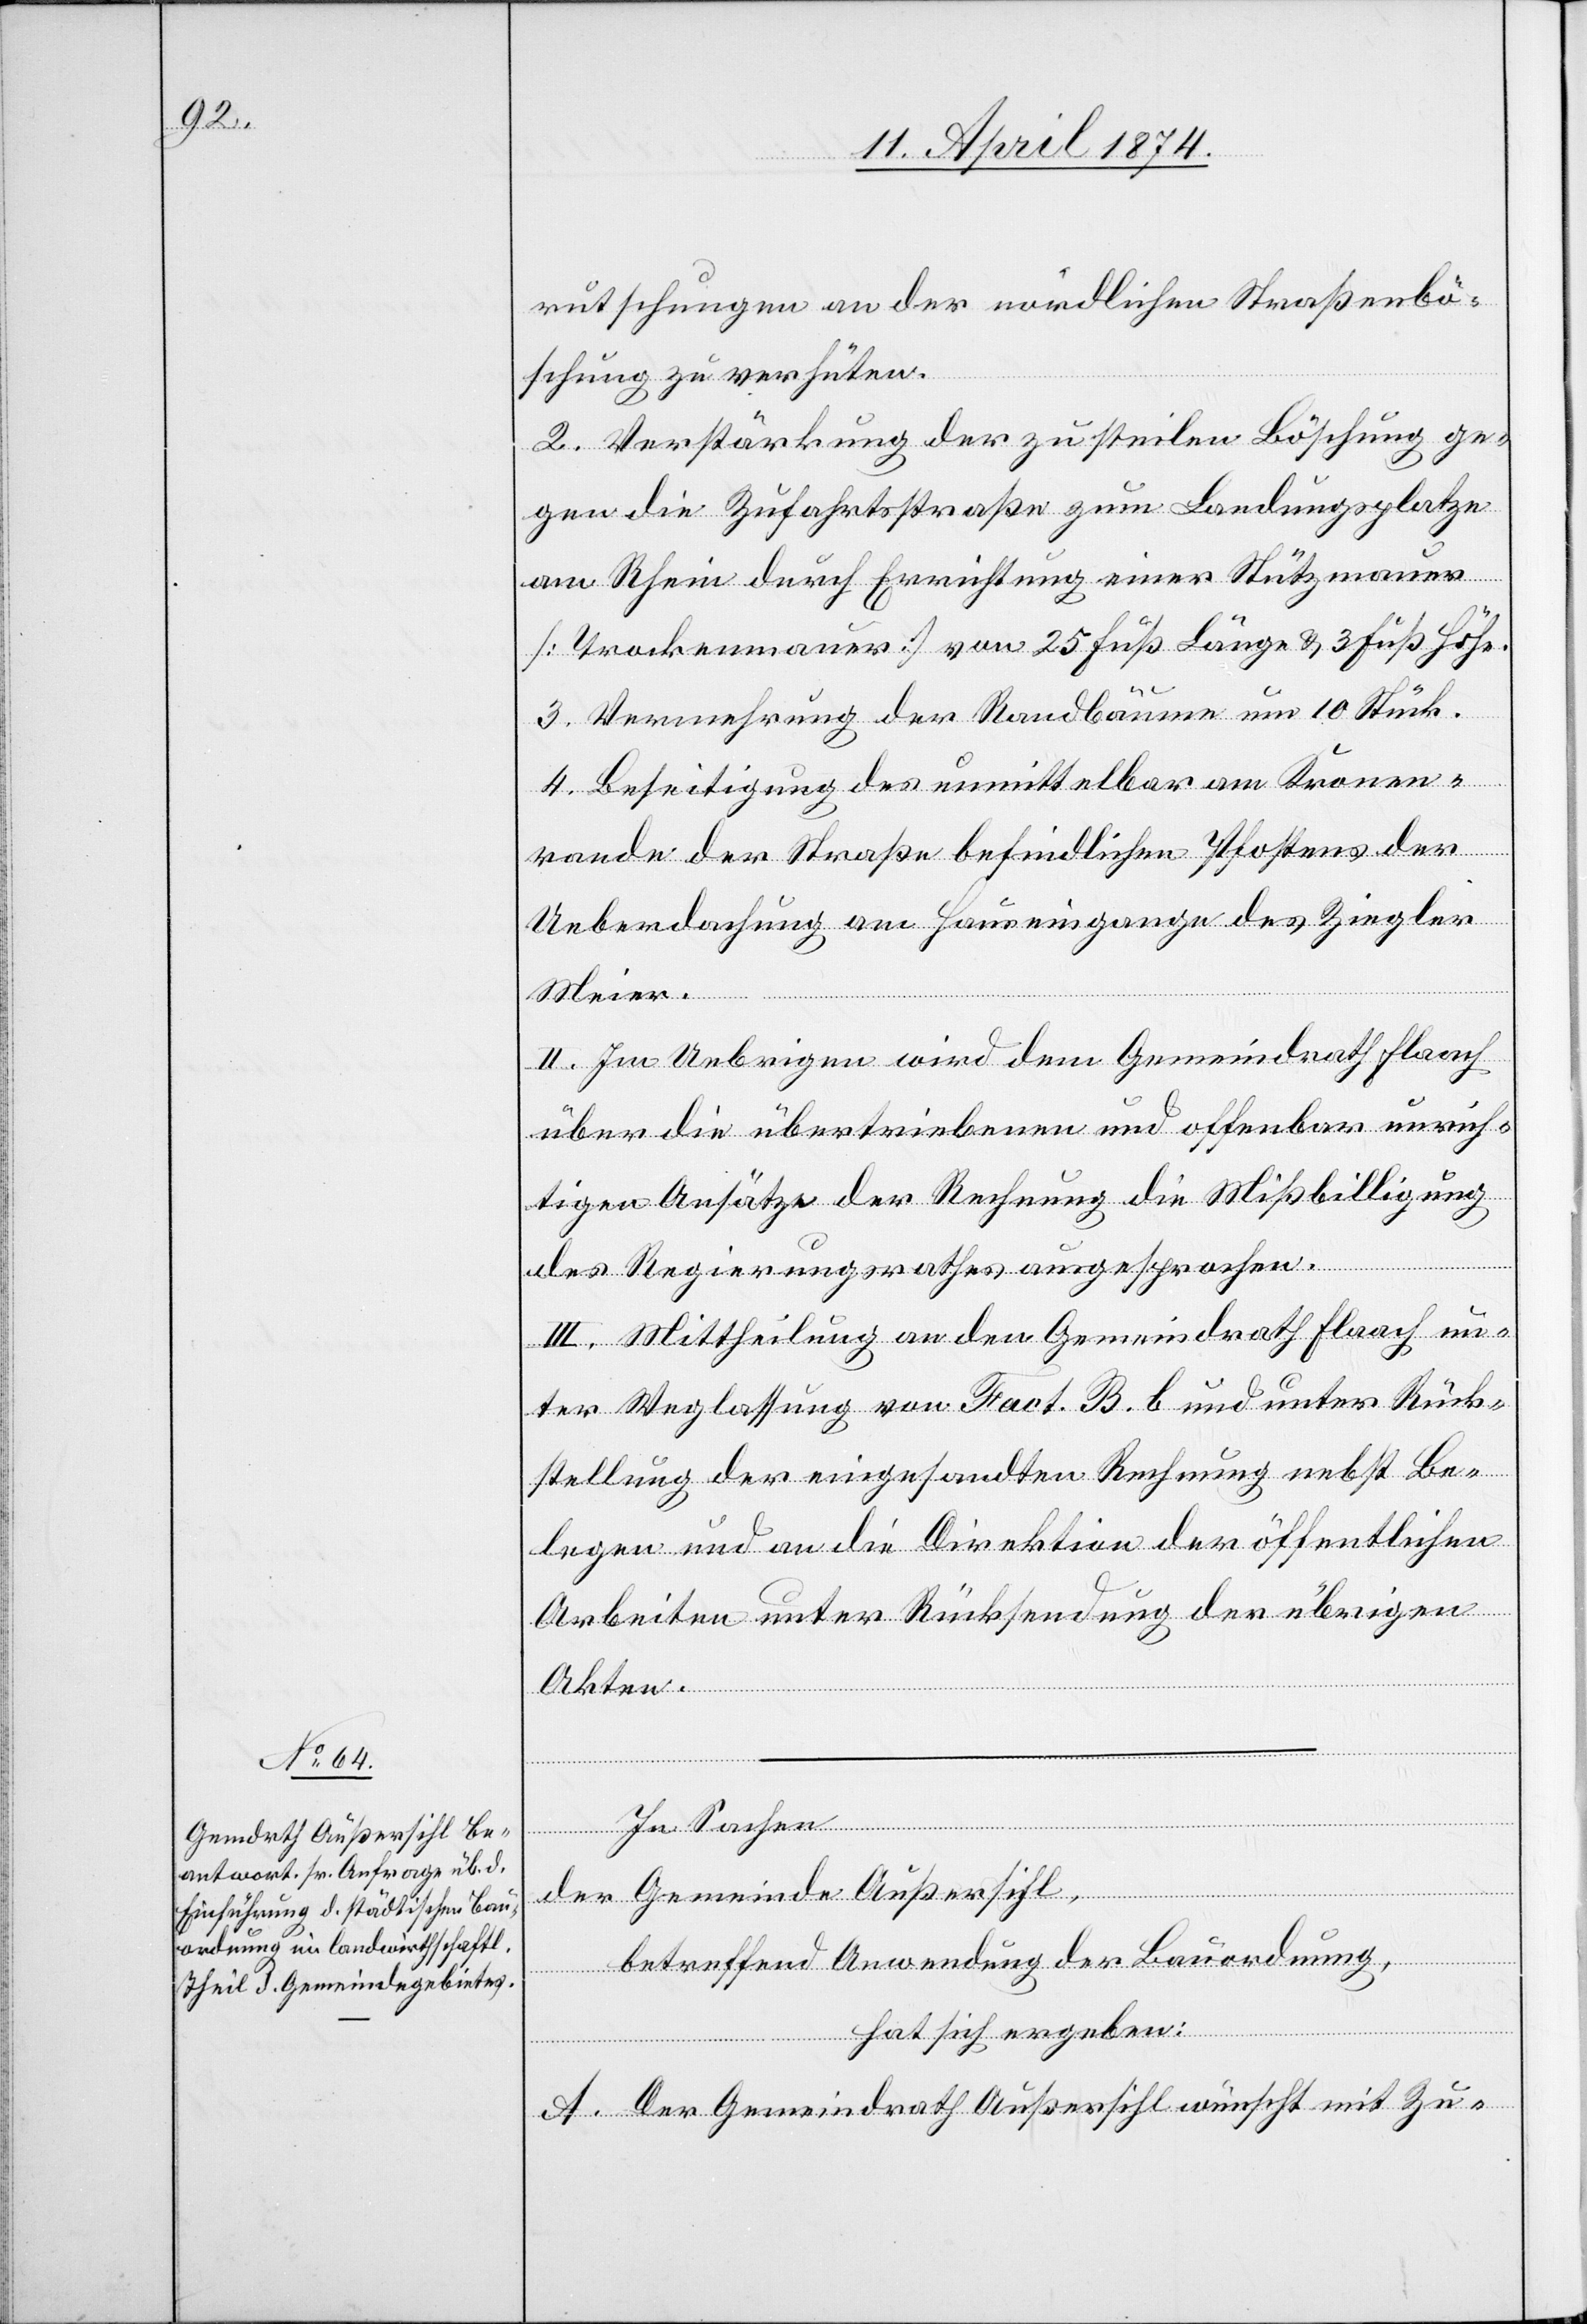
rutschungen an der nördlichen Straßenbö¬
schung zu verhüten.
2. Verstärkung der zu steilen Böschung ge¬
gen die Zufahrtsstraße zum Landungsplatze
am Rhein durch Errichtung einer Stützmauer
[Trockenmauer] von 25 Fuß Länge u. 3 Fuß Höhe.
3. Vermehrung der Randbäume um 10 Stück.
4. Beseitigung des unmittelbar am Kronen¬
rande der Straße befindlichen Pfostens der
Ueberdachung am Hauseingange des Ziegler
Meier.
II. Im Uebrigen wird dem Gemeindrath Flaach
über die übertriebenen und offenbar unrich¬
tigen Ansätze der Rechnung die Mißbilligung
des Regierungsrathes ausgesprochen.
III. Mittheilung an den Gemeindrath Flaach un¬
ter Weglassung von Fact. B. b. und unter Rück¬
stellung der eingesandten Rechnung nebst Be¬
legen und an die Direktion der öffentlichen
Arbeiten unter Rücksendung der übrigen
Akten.
In Sachen
der Gemeinde Außersihl,
betreffend Anwendung der Bauordnung,
hat sich ergeben:
A. Der Gemeindrath Außersihl wünscht mit Zu-